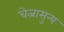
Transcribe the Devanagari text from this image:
चेत्नासुन्य